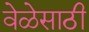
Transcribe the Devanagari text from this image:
वेळेसाठी